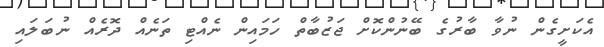
އެކަށީގެން ނުވާ ބާރުގެ ބޭނުންކޮށް ޖަޒުބާތް ހަމައިން ނެއްޓި ތަނެއް ދޮރެއް ނުބަލައި